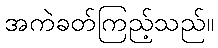
အကဲခတ်ကြည့်သည်။